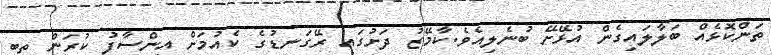
ތަންކޮޅެއް ބަލާލައިގެން އުޅޭށޭ ބުނެލިއެވެ.ކާމޭޒު ދަށުގައި ރޭގަނޑުގެ ކެއުމަށް އިންސާފު ކުރަން ތިބި